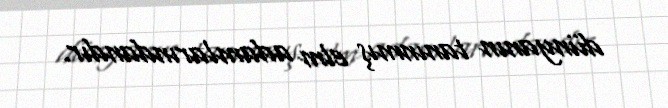
dünyanın tanınmış elm adamlarındandır.